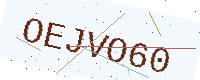
Text: OEJVO60